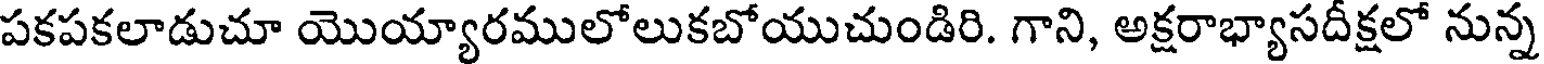
పకపకలాడుచూ యొయ్యారములోలుకబోయుచుండిరి. గాని, అక్షరాభ్యాసదీక్షలో నున్న